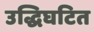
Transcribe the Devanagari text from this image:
उद्धिघटित